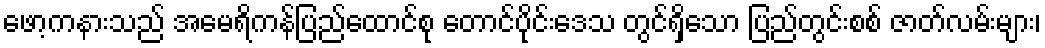
ဖော့ကနားသည် အမေရိကန်ပြည်ထောင်စု တောင်ပိုင်းဒေသ တွင်ရှိသော ပြည်တွင်းစစ် ဇာတ်လမ်းများ၊